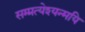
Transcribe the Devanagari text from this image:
सम्प्रत्येश्यन्मयि